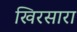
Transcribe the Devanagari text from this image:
खिरसारा